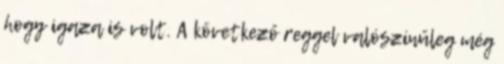
hogy igaza is volt. A következő reggel valószínűleg még